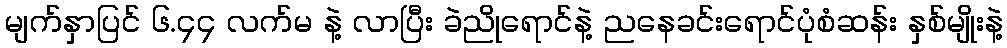
မျက်နှာပြင် ၆.၄၄ လက်မ နဲ့ လာပြီး ခဲညိုရောင်နဲ့ ညနေခင်းရောင်ပုံစံဆန်း နှစ်မျိုးနဲ့